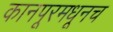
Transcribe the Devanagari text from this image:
कानपूरमधूनच